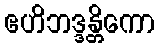
ဧဟိဘဒ္ဒန္တိကော